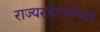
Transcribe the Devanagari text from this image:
राज्‍यस्‍थापनेच्या